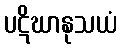
ပဋိဃာနုသယံ